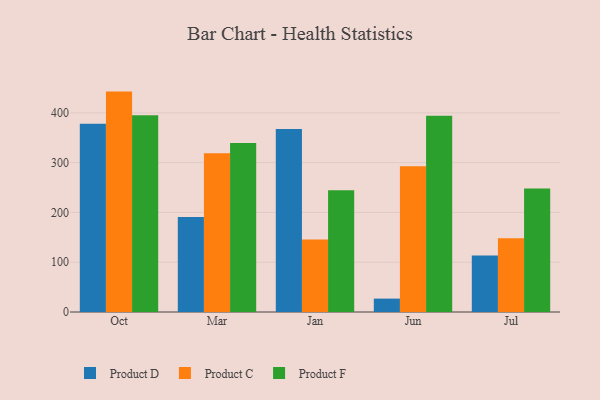
{"axis": {"x": "Month", "y": "Shipments"}, "legend": ["Product C", "Product D", "Product F"], "data": [{"x": "Oct", "y": 377.9, "type": "Product D"}, {"x": "Oct", "y": 442.7, "type": "Product C"}, {"x": "Oct", "y": 395.1, "type": "Product F"}, {"x": "Mar", "y": 190.8, "type": "Product D"}, {"x": "Mar", "y": 318.9, "type": "Product C"}, {"x": "Mar", "y": 339.4, "type": "Product F"}, {"x": "Jan", "y": 367.4, "type": "Product D"}, {"x": "Jan", "y": 145.6, "type": "Product C"}, {"x": "Jan", "y": 244.4, "type": "Product F"}, {"x": "Jun", "y": 26.9, "type": "Product D"}, {"x": "Jun", "y": 292.6, "type": "Product C"}, {"x": "Jun", "y": 394.3, "type": "Product F"}, {"x": "Jul", "y": 113.5, "type": "Product D"}, {"x": "Jul", "y": 148.2, "type": "Product C"}, {"x": "Jul", "y": 248.0, "type": "Product F"}]}